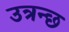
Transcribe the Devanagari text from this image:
उत्रन्छ